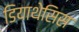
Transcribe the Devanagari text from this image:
डियाथेसिस